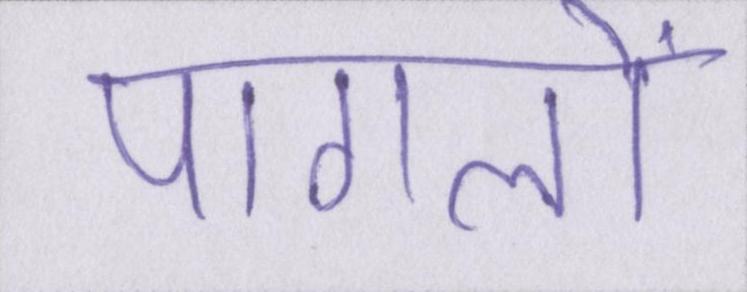
पागलों